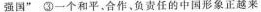
强国” ③一个和平。合作。负责任的中国形象正越来